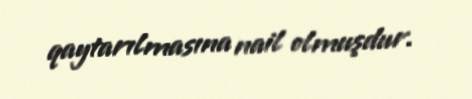
qaytarılmasına nail olmuşdur.